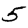
Digit: 5